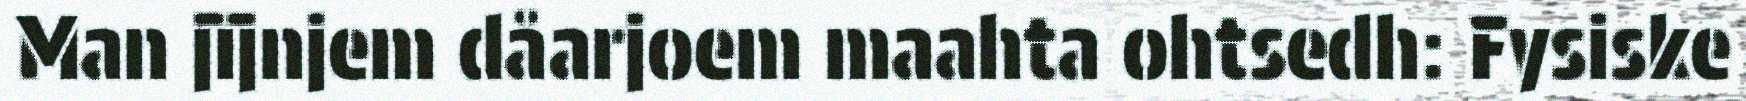
Man jïjnjem dåarjoem maahta ohtsedh: Fysiske